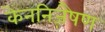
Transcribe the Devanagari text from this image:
केननिज़ैषण